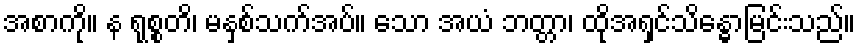
အစာကို။ န ရုစ္စတိ၊ မနှစ်သက်အပ်။ သော အယံ ဘတ္တာ၊ ထိုအရှင်သိန္ဓောမြင်းသည်။